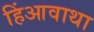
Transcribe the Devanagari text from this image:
हिंआवाथा